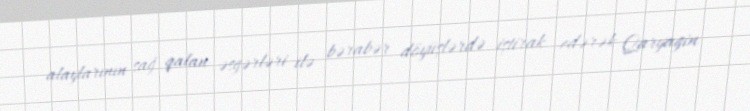
alaylarının sağ qalan əsgərləri ilə bərabər döyüşlərdə iştirak edərək Qaryagin